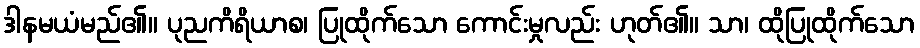
ဒါနမယံမည်၏။ ပုညကိရိယာစ၊ ပြုထိုက်သော ကောင်းမှုလည်း ဟုတ်၏။ သာ၊ ထိုပြုထိုက်သော